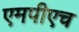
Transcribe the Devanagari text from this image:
एमपीएच